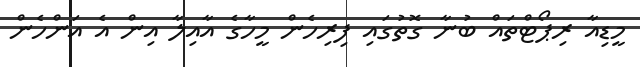
މީޑިއާ ރިޕޯޓްތައް ބުނާ ގޮތުގައި ފިރިހެން މީހާގެ އާއިލާ އިން އެ އަންހެން